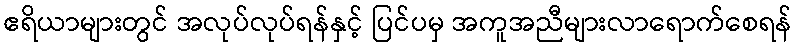
ဧရိယာများတွင် အလုပ်လုပ်ရန်နှင့် ပြင်ပမှ အကူအညီများလာရောက်စေရန်